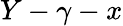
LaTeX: Y-\gamma-x